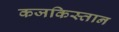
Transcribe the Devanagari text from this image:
कजकिस्तान